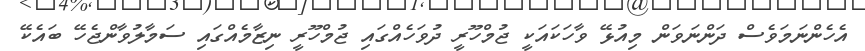
އެހެންނަމަވެސް ދަންނަވަން މިއުޅޭ ވާހަކައަކީ ޖުމްހޫރީ ދުވަހެއްގައި ޖުމްހޫރީ ނިޒާމެއްގައި ސަމާލުވާންޖެހޭ ބައެކޭ